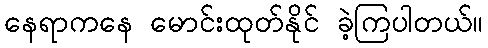
နေရာကနေ မောင်းထုတ်နိုင် ခဲ့ကြပါတယ်။